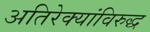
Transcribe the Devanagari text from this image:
अतिरेक्यांविरुद्ध